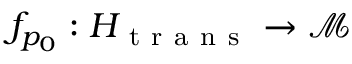
f _ { p _ { 0 } } : H _ { \mathrm { ~ t ~ r ~ a ~ n ~ s ~ } } \to \mathcal { M }